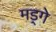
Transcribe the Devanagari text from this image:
मड्गे